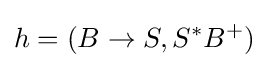
h=(B\to S,S^{*}B^{+})